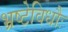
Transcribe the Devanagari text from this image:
भ्रष्टेविधौः